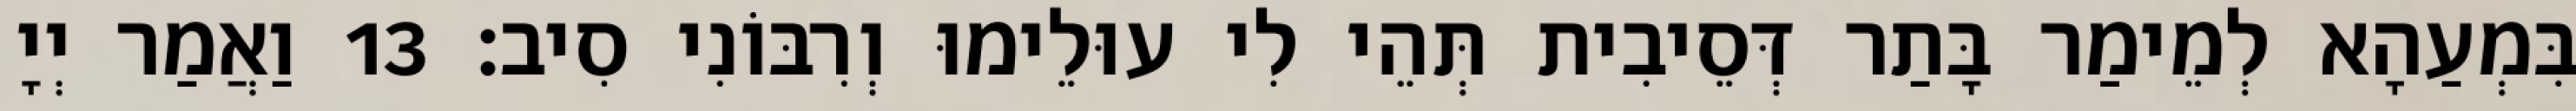
בִּמְעַהָא לְמֵימַר בָּתַר דְּסֵיבִית תְּהֵי לִי עוּלֵימוּ וְרִבּוֹנִי סִיב׃ 13 וַאֲמַר יְיָ